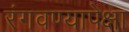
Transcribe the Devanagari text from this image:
रंगवण्यापेक्षा